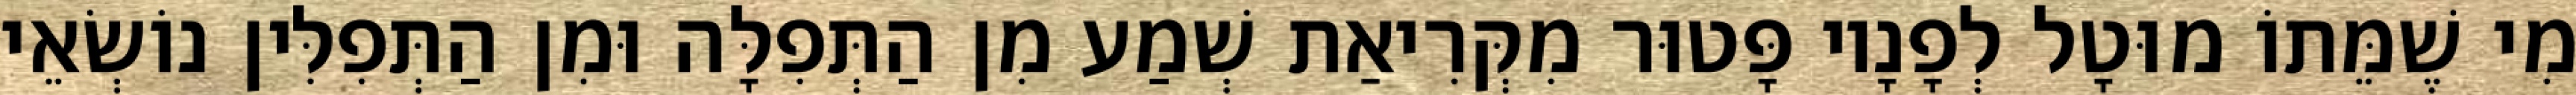
מִי שֶׁמֵּתוֹ מוּטָל לְפָנָיו פָּטוּר מִקְּרִיאַת שְׁמַע מִן הַתְּפִלָּה וּמִן הַתְּפִלִּין נוֹשְׂאֵי